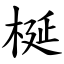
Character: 梴